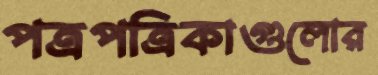
পত্রপত্রিকাগুলোর